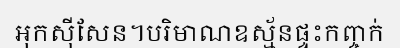
អុកស៊ីសែន។បរិមាណឧស្ម័នផ្ទះកញ្ចក់